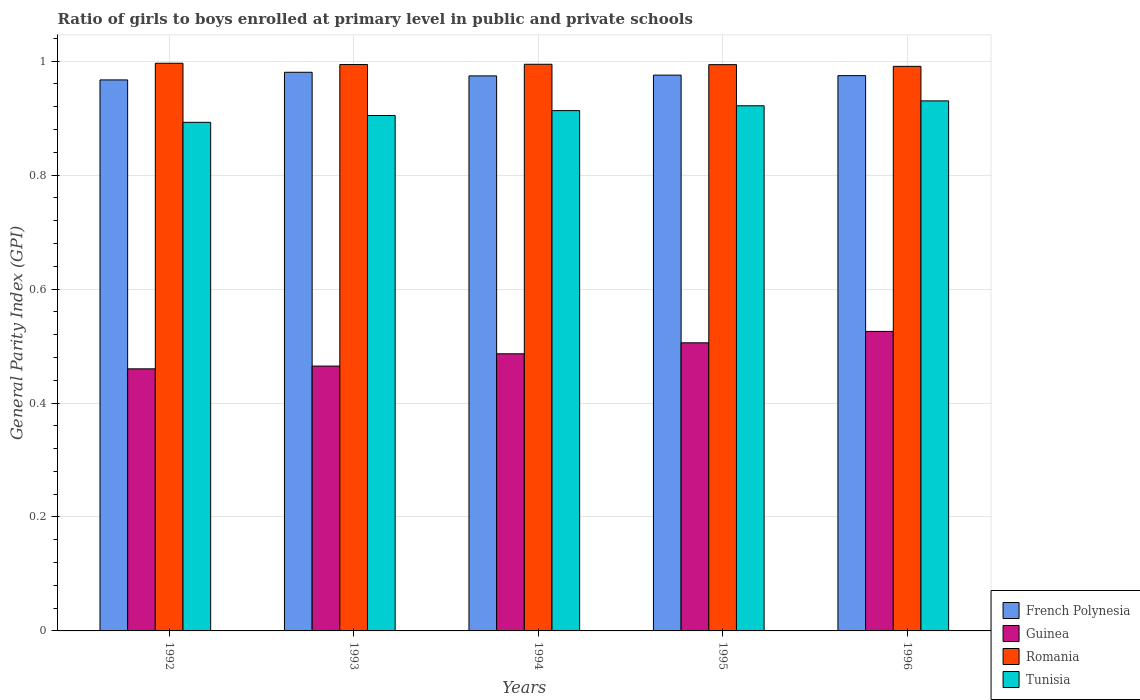
| Years | French Polynesia | Guinea | Romania | Tunisia |
 | --- | --- | --- | --- | --- |
 | 1992 | 0.967 | 0.46 | 0.996 | 0.893 |
 | 1993 | 0.98 | 0.465 | 0.994 | 0.905 |
 | 1994 | 0.974 | 0.486 | 0.995 | 0.913 |
 | 1995 | 0.975 | 0.506 | 0.994 | 0.922 |
 | 1996 | 0.975 | 0.526 | 0.991 | 0.93 |